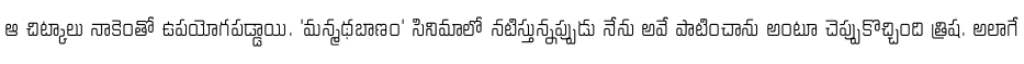
ఆ చిట్కాలు నాకెంతో ఉపయోగపడ్డాయి. 'మన్మథబాణం' సినిమాలో నటిస్తున్నప్పుడు నేను అవే పాటించాను అంటూ చెప్పుకొచ్చింది త్రిష. అలాగే